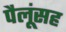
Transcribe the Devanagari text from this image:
पैलूंसह